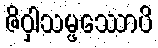
ဇိဝှါသမ္ဖဿောပိ